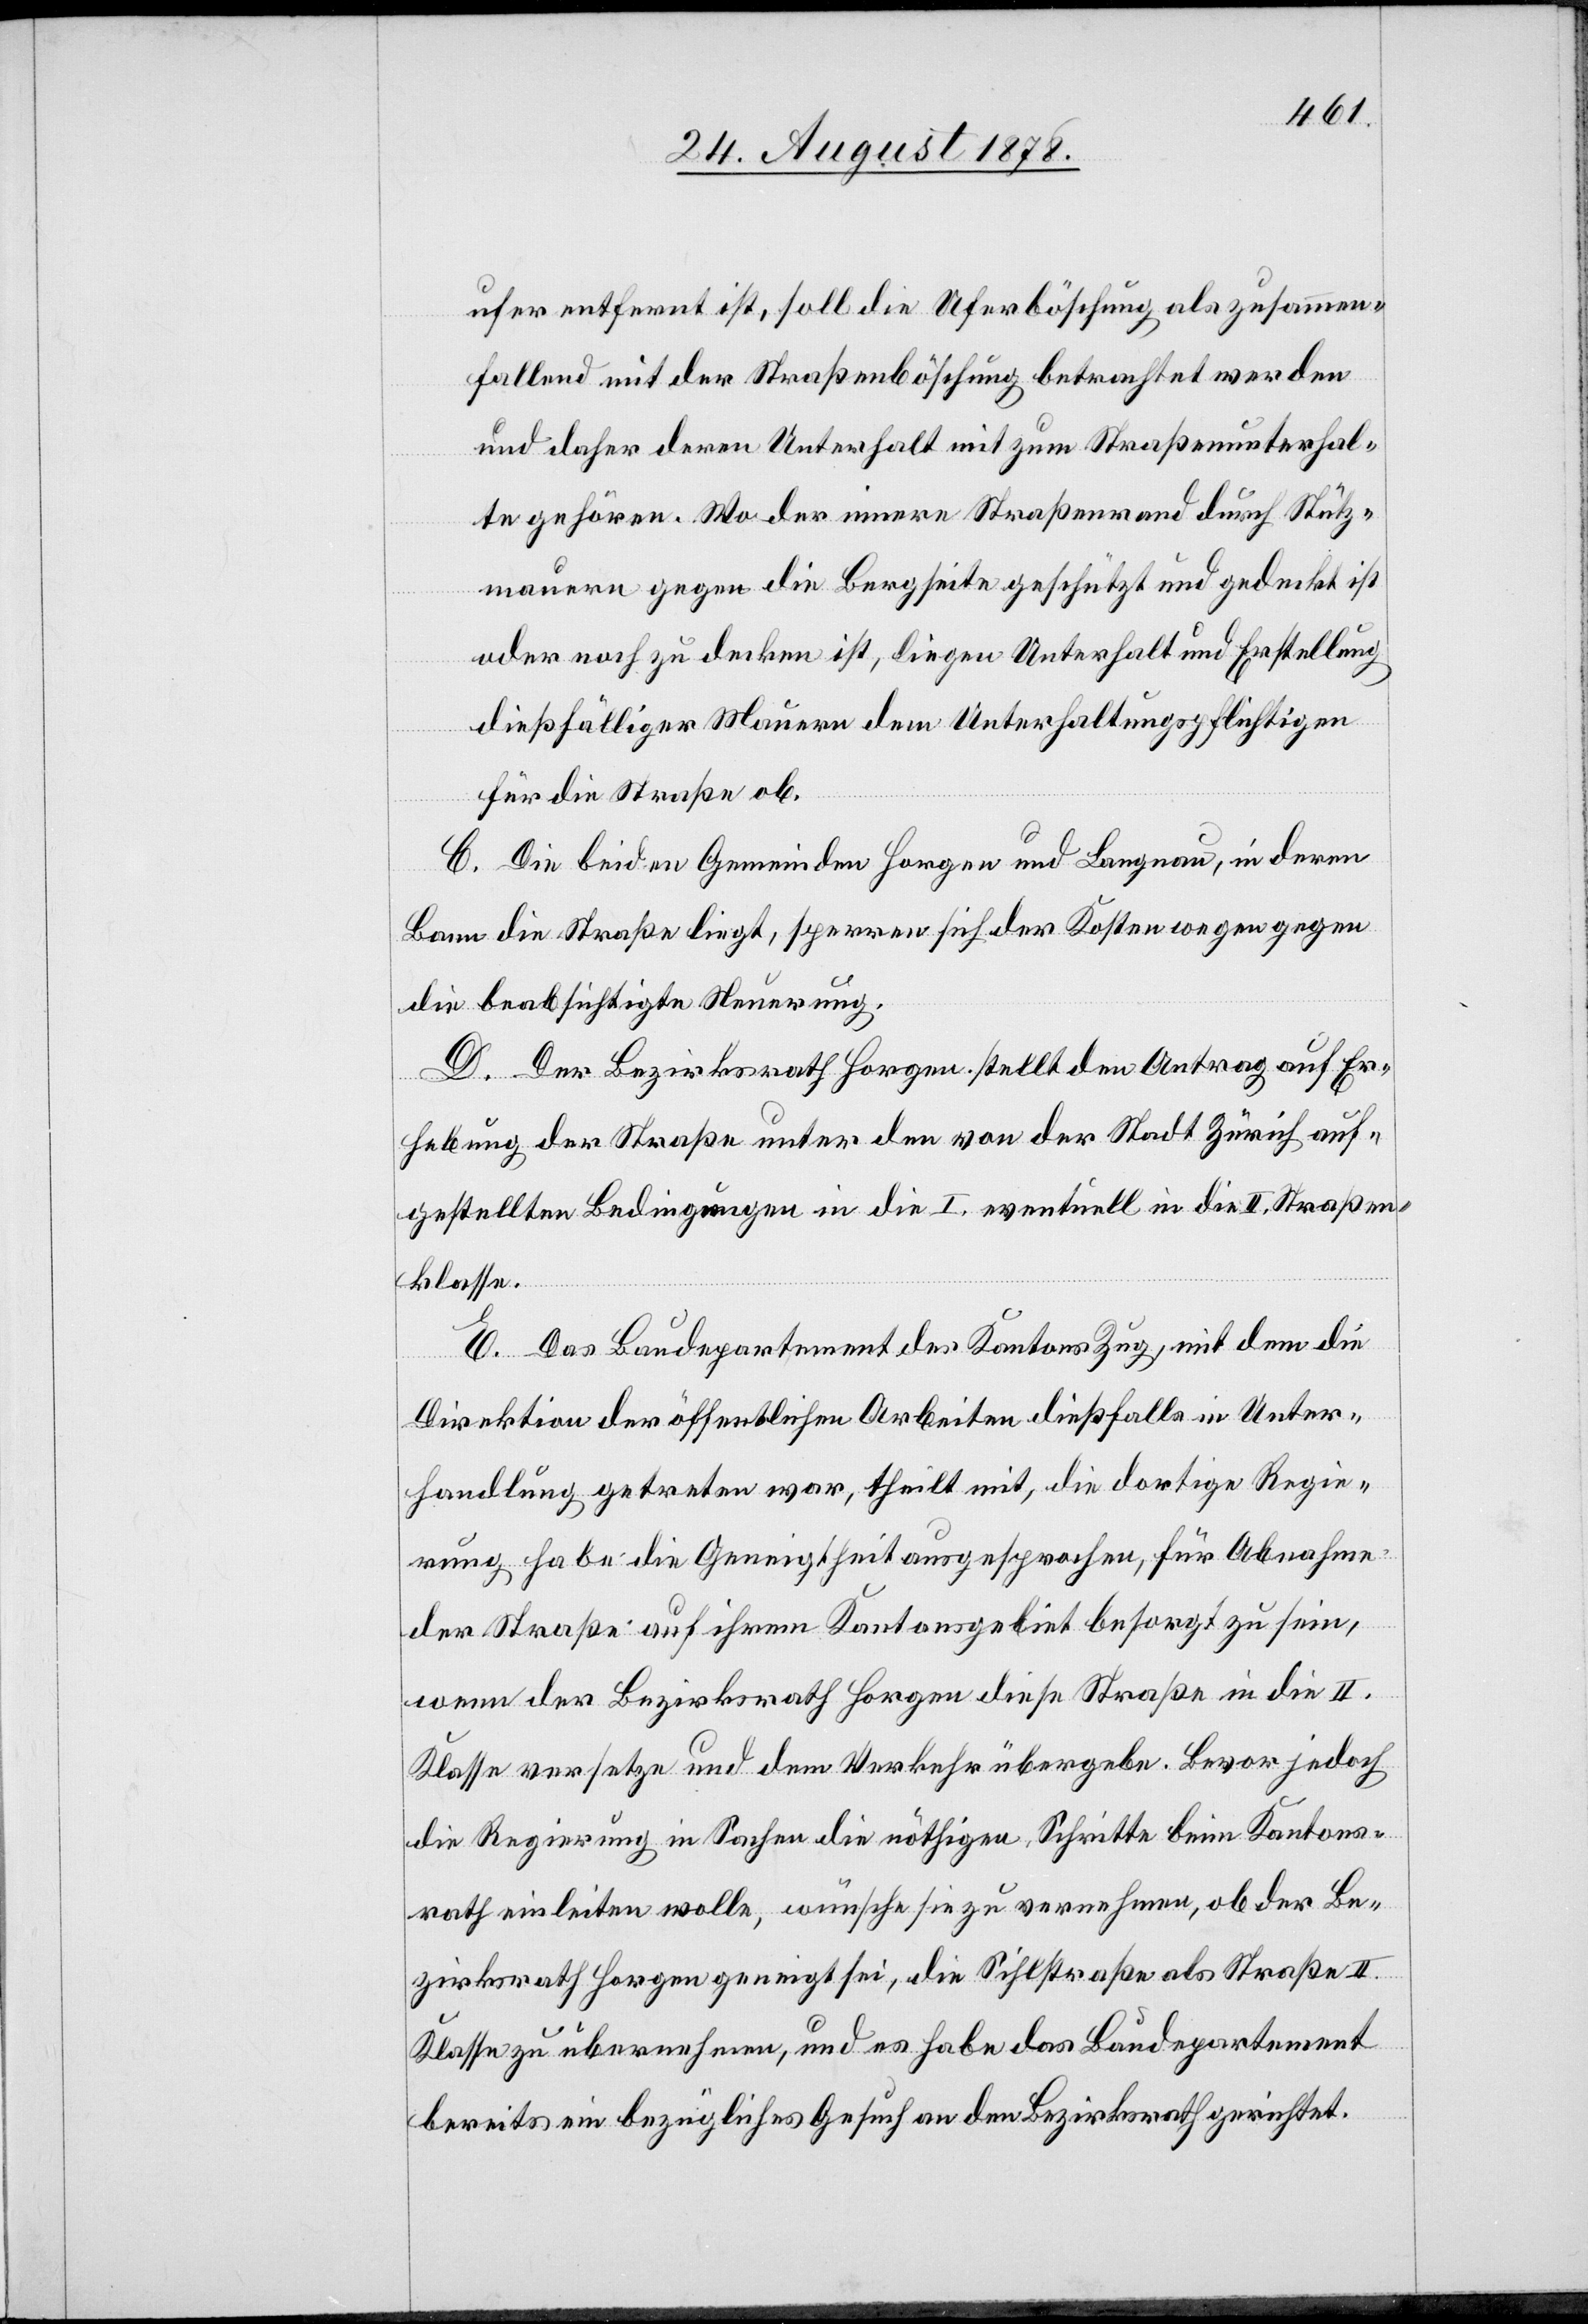
ufer entfernt ist, soll die Uferböschung als zusammen¬
fallend mit der Straßenböschung betrachtet werden
und daher deren Unterhalt mit zum Straßenunterhal¬
te gehören. Wo der innere Straßenrand durch Stütz¬
mauern gegen Bergseite geschützt und gedeckt ist
oder noch zu decken ist, liegen Unterhalt und Erstellung
dießfälliger Mauern dem Unterhaltungspflichtigen
für die Straße ob.
C. Die beiden Gemeinden Horgen und Langnau, in deren
Bann die Straße liegt, sperren sich der Kosten wegen gegen
die beabsichtigten Neuerung.
D. Der Bezirksrath Horgen stellt den Antrag auf Er¬
hebung der Straße unter den von der Stadt Zürich auf¬
gestellten Bedingungen in die I. eventuell in die II. Straßen¬
klasse.
E. Das Baudepartement des Kantons Zug, mit dem die
Direktion der öffentlichen Arbeiten dießfalls in Unter¬
handlung getreten war, theilt mit, die dortige Regie¬
rung habe die Geneigtheit ausgesprochen, für Abnahme
der Straße auf ihrem Kantonsgebiet besorgt zu sein,
wenn der Bezirksrath Horgen diese Straße in die II.
Klasse versetze und dem Verkehr übergebe. Bevor jedoch
die Regierung in Sachen die nöthigen Schritte beim Kantons¬
rath einleiten wolle, wünsche sie zu vernehmen, ob der Be¬
zirksrath Horgen geneigt sei, die Sihlstraße als Straße II.
Klasse zu übernehmen, und es habe das Baudepartement
bereits ein bezügliches Gesuch an den Bezirksrath gerichtet.